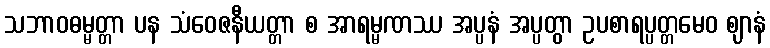
သဘာဝဓမ္မတ္တာ ပန သံဝေဇနီယတ္တာ စ အာရမ္မဏဿ အပ္ပနံ အပ္ပတွာ ဥပစာရပ္ပတ္တမေဝ ဈာနံ